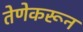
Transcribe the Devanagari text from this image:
तेणेकरून